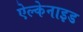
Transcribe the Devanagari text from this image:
ऐल्केनाइड